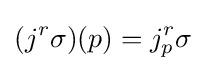
(j^{r}\sigma )(p)=j_{p}^{r}\sigma